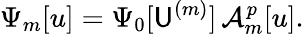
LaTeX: \Psi_{m}[u]=\Psi_{0}[\mathsf{U}^{(m)}]\, \mathcal{{A}}_{m}^{p}[u].